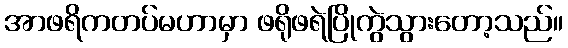
အာဖရိကတပ်မဟာမှာ ဖရိုဖရဲပြိုကွဲသွားတော့သည်။